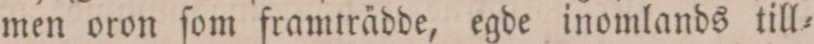
men oron ſom framträdde, egde inomlands till=